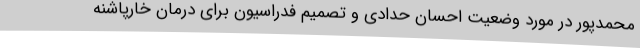
محمدپور در مورد وضعیت احسان حدادی و تصمیم فدراسیون برای درمان خارپاشنه